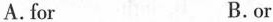
A.for B.or